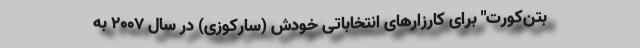
بتن‌کورت" برای کارزارهای انتخاباتی‌ خودش (سارکوزی) در سال 2007 به